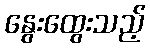
နွေးထွေးသည့်